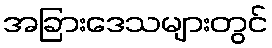
အခြားဒေသများတွင်